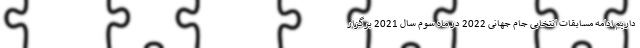
داریم ادامه مسابقات انتخابی جام جهانی 2022 در ماه سوم سال 2021 برگزار